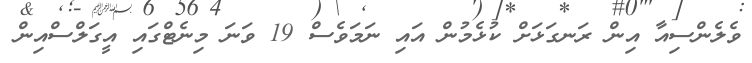
ވެލެންސިއާ އިން ރަނގަޅަށް ކުޅެމުން އައި ނަމަވެސް 19 ވަނަ މިނެޓްގައި އީގަލްސްއިން